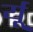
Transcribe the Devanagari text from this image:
र्यू